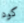
كود